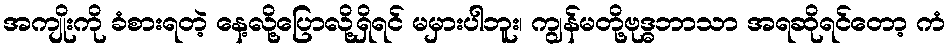
အကျိုးကို ခံစားရတဲ့ နေ့လို့ပြောလို့ရှိရင် မမှားပါဘူး၊ ကျွန်မတို့ဗုဒ္ဓဘာသာ အရဆိုရင်တော့ ကံ